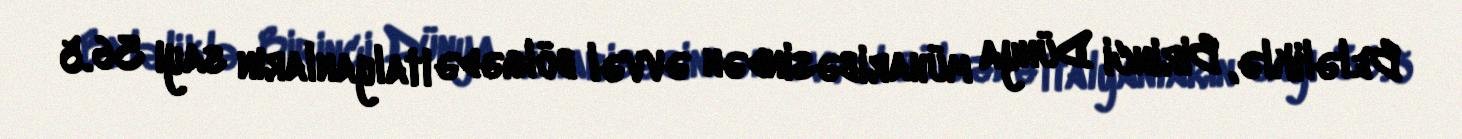
Beləliklə, Birinci Dünya müharibəsindən əvvəl bölgədə italyanların sayı 36.5